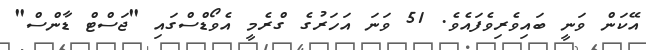
އޭކަން ވަނީ ބައިވެރިވެފައެވެ. 51 ވަނަ އަހަރުގެ ގްރެމީ އެވޯޑްސްގައި "ޖަސްޓް ޑާންސް"